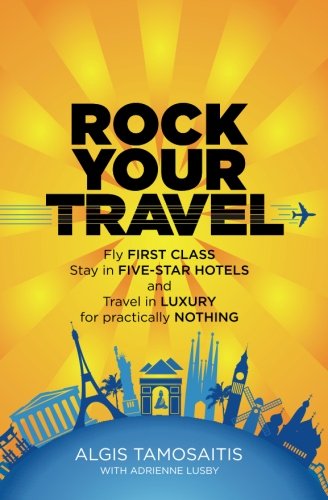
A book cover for Rock Your Travel: Fly First Class, Stay in Five-Star Hotels and Travel in Luxury for practically Nothing; Algis Tamosaitis; Travel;